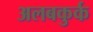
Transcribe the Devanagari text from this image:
अलबकुर्क